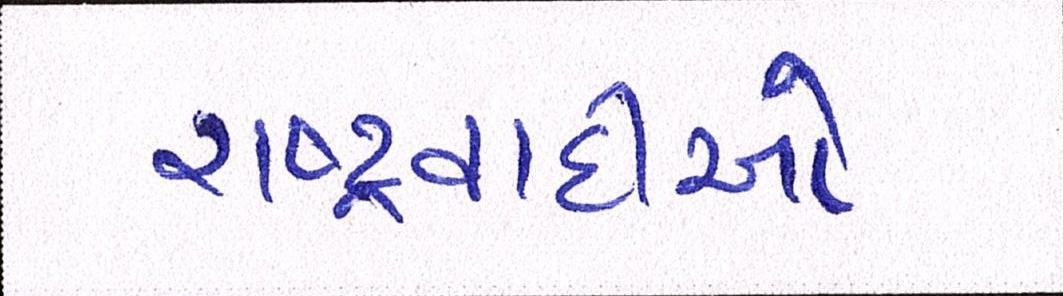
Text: રાષ્ટ્રવાદીઓ